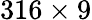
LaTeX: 316\times 9